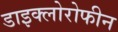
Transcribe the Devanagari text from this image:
डाइक्लोरोफीन